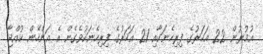
އުމުރުން 22 އަހަރުގެ ފިރިހެނަކާއި 21 އަހަރުގެ ފިރިހެނަކުވެގެން އެ އަންހެން ކުއްޖާ